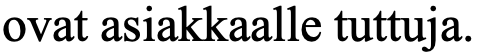
ovat asiakkaalle tuttuja.